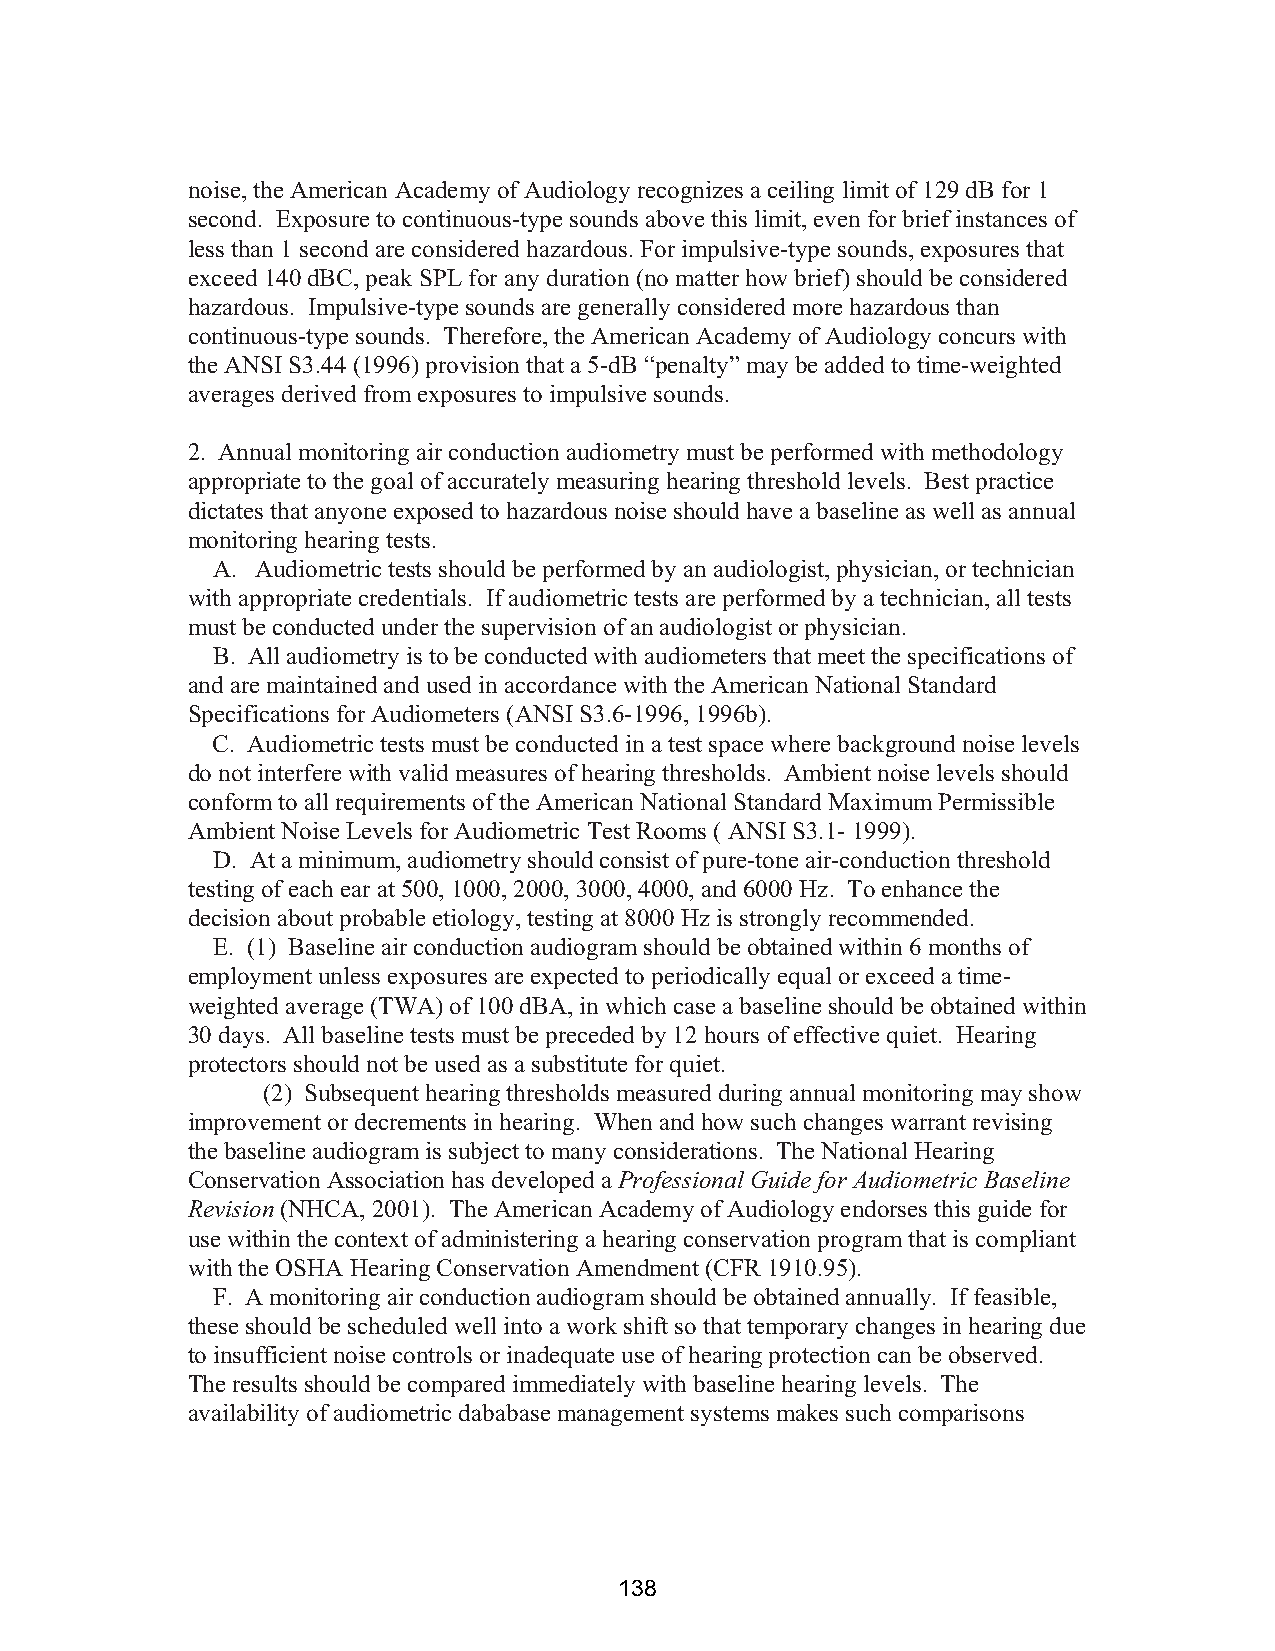
noise, the American Academy of Audiology recognizes a ceiling limit of 129 dB for 1
 second. Exposure to continuous-type sounds above this limit, even for brief instances of
 less than 1 second are considered hazardous. For impulsive-type sounds, exposures that
 exceed 140 dBC, peak SPL for any duration (no matter how brief) should be considered
 hazardous. Impulsive-type sounds are generally considered more hazardous than
 continuous-type sounds. Therefore, the American Academy of Audiology concurs with
 the ANSI S3.44 (1996) provision that a 5-dB “penalty” may be added to time-weighted
 averages derived from exposures to impulsive sounds.
 2. Annual monitoring air conduction audiometry must be performed with methodology
 appropriate to the goal of accurately measuring hearing threshold levels. Best practice
 dictates that anyone exposed to hazardous noise should have a baseline as well as annual
 monitoring hearing tests.
 A. Audiometric tests should be performed by an audiologist, physician, or technician
 with appropriate credentials. If audiometric tests are performed by a technician, all tests
 must be conducted under the supervision of an audiologist or physician.
 B. All audiometry is to be conducted with audiometers that meet the specifications of
 and are maintained and used in accordance with the American National Standard
 Specifications for Audiometers (ANSI S3.6-1996, 1996b).
 C. Audiometric tests must be conducted in a test space where background noise levels
 do not interfere with valid measures of hearing thresholds. Ambient noise levels should
 conform to all requirements of the American National Standard Maximum Permissible
 Ambient Noise Levels for Audiometric Test Rooms ( ANSI S3.1- 1999).
 D. At a minimum, audiometry should consist of pure-tone air-conduction threshold
 testing of each ear at 500, 1000, 2000, 3000, 4000, and 6000 Hz. To enhance the
 decision about probable etiology, testing at 8000 Hz is strongly recommended.
 E. (1) Baseline air conduction audiogram should be obtained within 6 months of
 employment unless exposures are expected to periodically equal or exceed a time-
 weighted average (TWA) of 100 dBA, in which case a baseline should be obtained within
 30 days. All baseline tests must be preceded by 12 hours of effective quiet. Hearing
 protectors should not be used as a substitute for quiet.
 (2) Subsequent hearing thresholds measured during annual monitoring may show
 improvement or decrements in hearing. When and how such changes warrant revising
 the baseline audiogram is subject to many considerations. The National Hearing
 Conservation Association has developed a Professional Guide for Audiometric Baseline
 Revision (NHCA, 2001). The American Academy of Audiology endorses this guide for
 use within the context of administering a hearing conservation program that is compliant
 with the OSHA Hearing Conservation Amendment (CFR 1910.95).
 F. A monitoring air conduction audiogram should be obtained annually. If feasible,
 these should be scheduled well into a work shift so that temporary changes in hearing due
 to insufficient noise controls or inadequate use of hearing protection can be observed.
 The results should be compared immediately with baseline hearing levels. The
 availability of audiometric dababase management systems makes such comparisons
 138